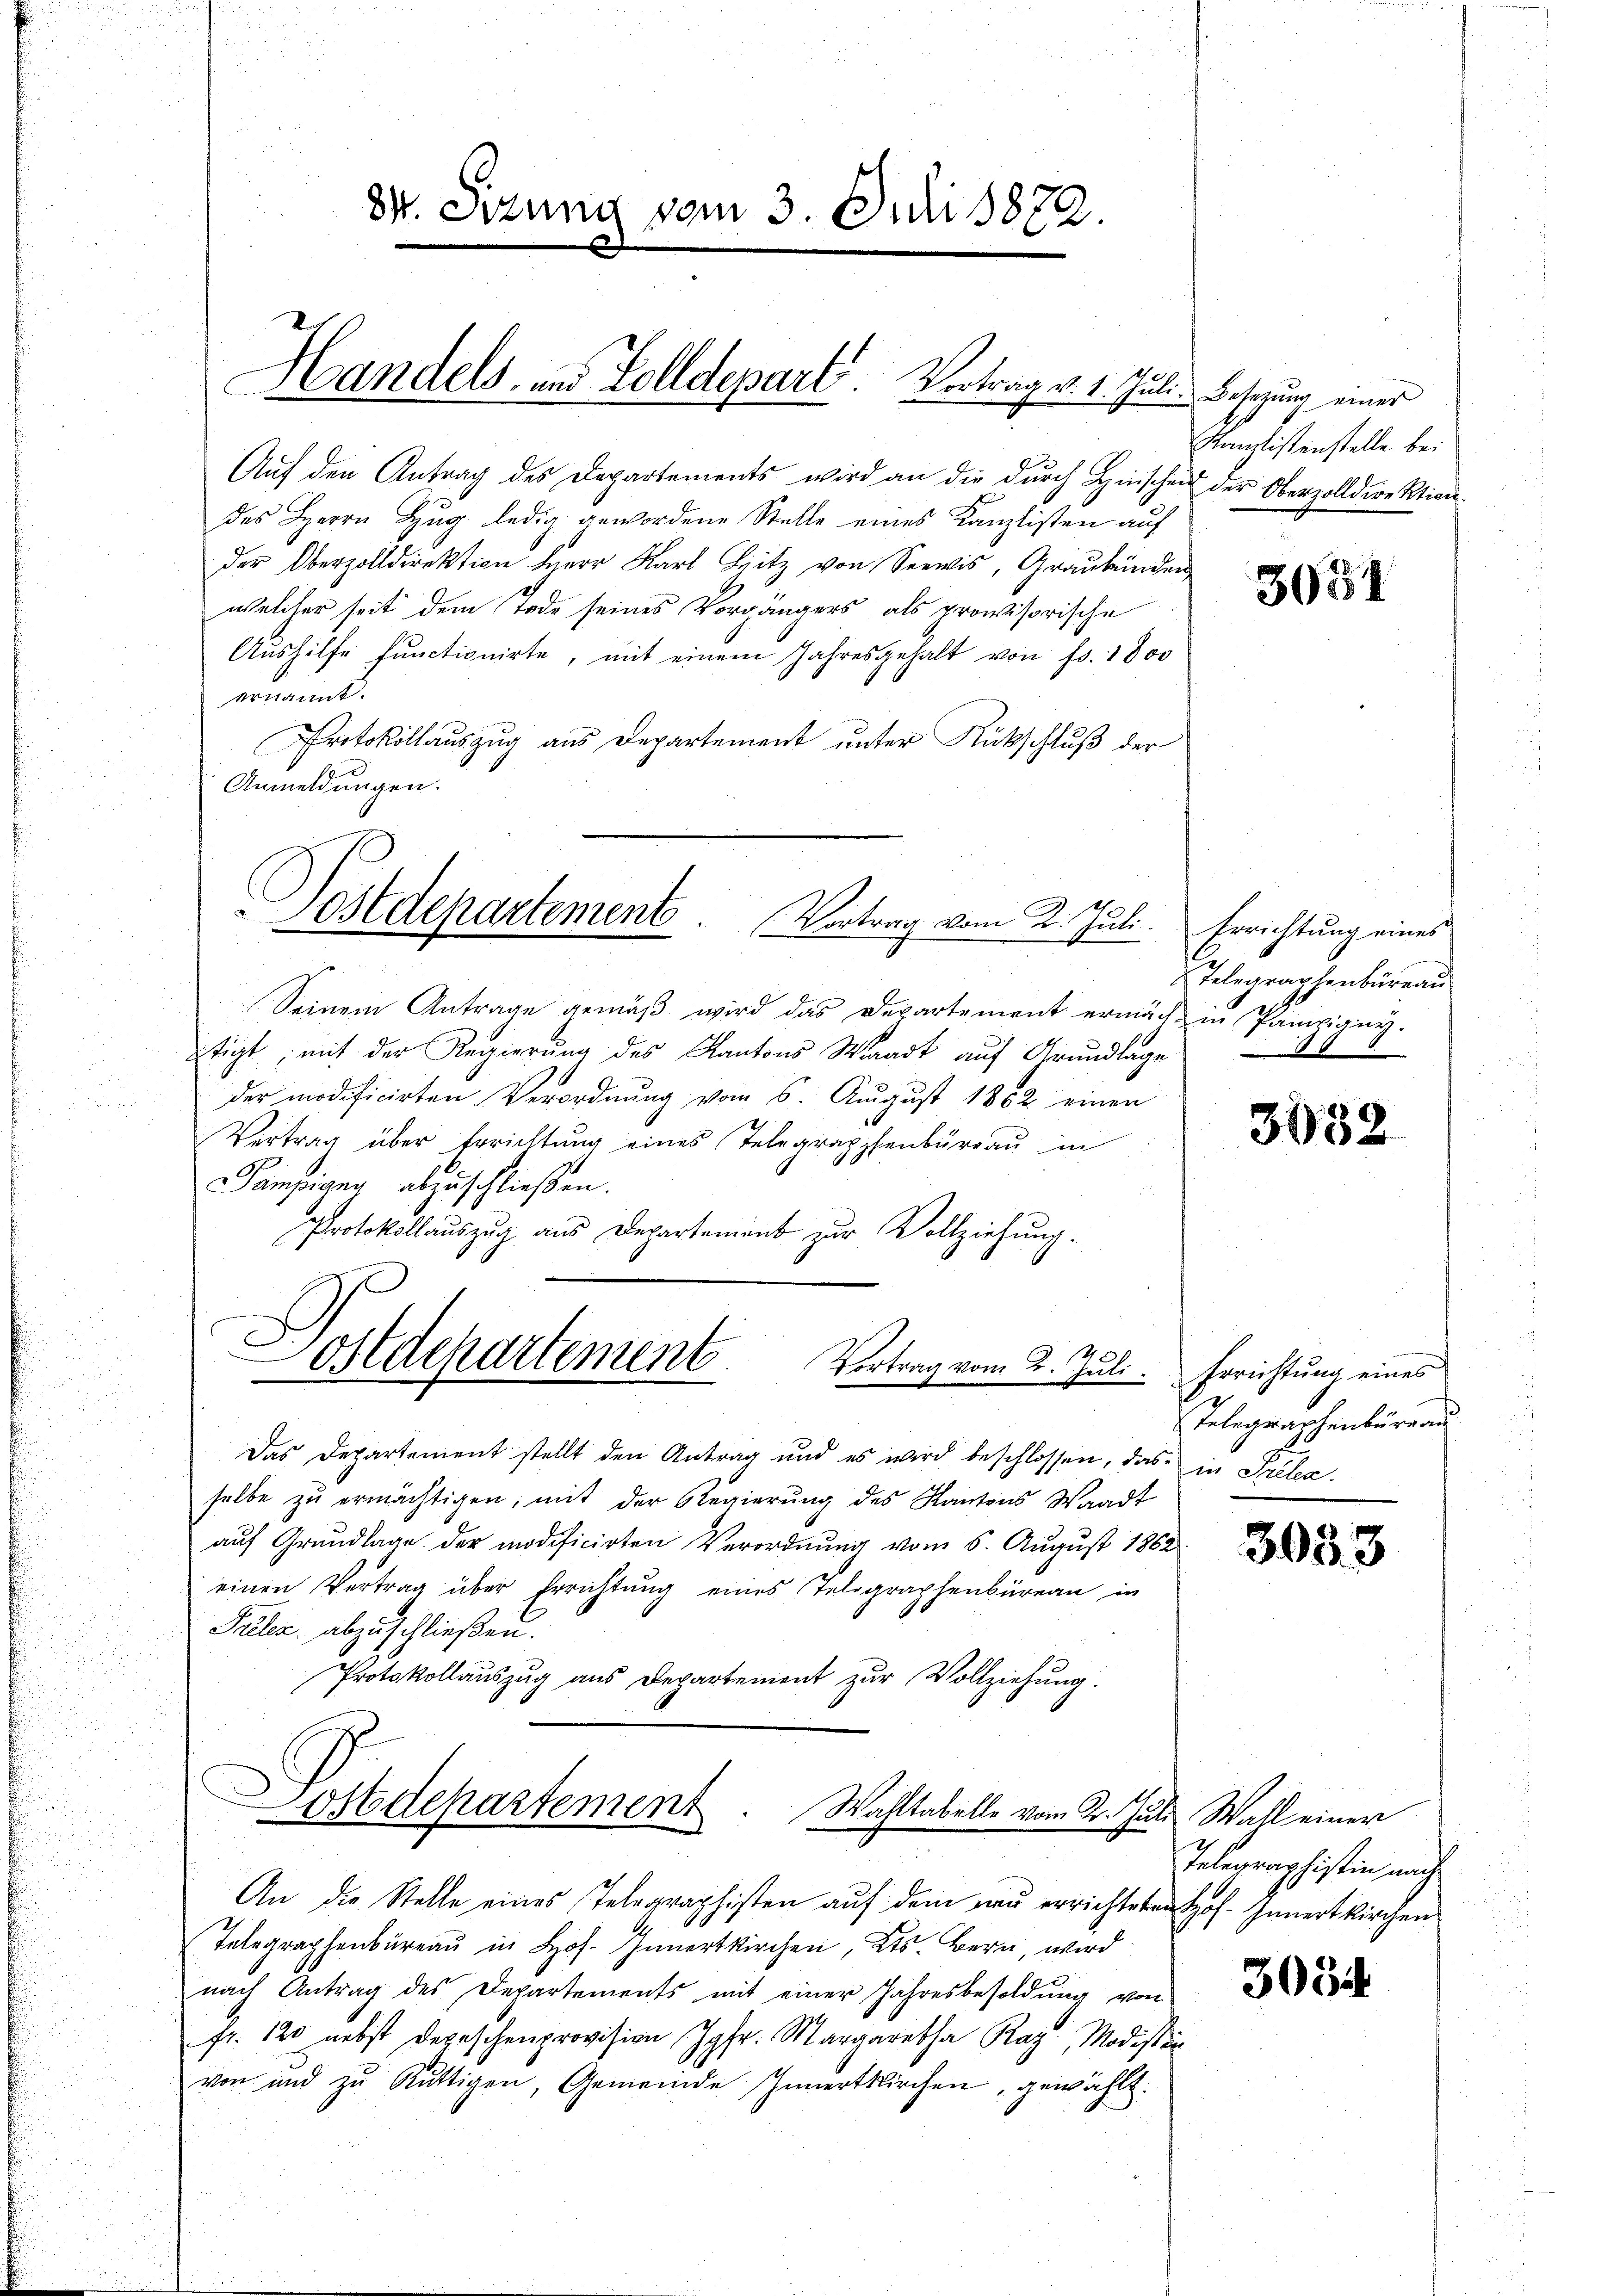
84. Sizung vom 3. Juli 1872.

Handels- und Zolldepart. Vortrag v. 1. Juli, Besizung einer

Auf den Antrag des Departements wird an die durch Hinschen der Oberzolldirektiondes Herrn Zug ledig gewordene Stelle eines Kanzlisten auf
der Oberzolldirektion Herr Karl Sitz von Seewis, Graubünden
welcher seit dem Tode seines Vorgängers als provisorische
Aushilfe Functionirte, mit einem Jahresgehalt von fr. 1800
ernannt.
Protokollauszug aus Departement unter Rückschluß der
Anmeldungen.
Seinem Antrage gemäß wird das Departement ermächt in Pampigung.
tigt; mit der Regierung des Kantons Waadt auf Grundlage
der modificirten Verordnung vom 6. August 1862 einen
Vertrag über Errichtŭng eines Telegraphenbüreaŭ in
Pampigug abzuschließen.
Protokollauszug aus Departement zur Vollziehung.
Dostdepartement
Vortrag vom 2. Juli.
Das Departement stellt den Antrag und es wird beschlossen, das in Prela-
selbe zŭ ermächtigen, mit der Regierŭng des Kantons Waadt
auf Grundlage der modificirten Verordnung vom 5. August 1862
einen Vertrag über Errichtung eines Telegraphenbüreau in
Frlez. abzuschließen.
Protokollauszug aus Departement zur Vollziehung.
.
ostdepartement. Wahltabelle vom 2. Juli Wall einer
An die Stelle eines Telegraphisten aŭf dem neu errichteten Hof- Innertkirchen
Telegraphenbureau in Hof- Innertkirchen, Kts. Bern, wird
nach Antrag des Departements mit einer Jahresbesoldŭng von
fr. 120 nebst Depeschenprovision Jgfr. Margaretha Raz, Modistin
von und zu Rüttigen, Gemeinde Innertkirchen, gewählt.

Costdepartement. Vortrag vom 2. Juli. Errichtung eines

Kanzlistenstelle bei

3051

Telegraphenbüreau

3032

Errichtung eines
Telegraphenbüreau

3033

Telegraphistin nach

3034